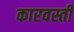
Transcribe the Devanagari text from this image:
कारवस्ती